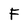
Character: f